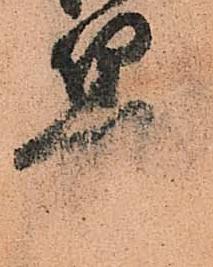
算